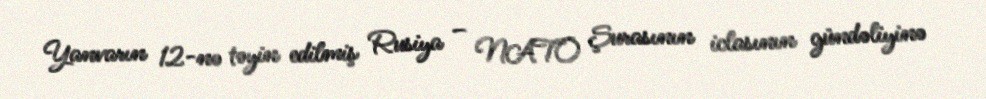
Yanvarın 12-nə təyin edilmiş Rusiya – NATO Şurasının iclasının gündəliyinə